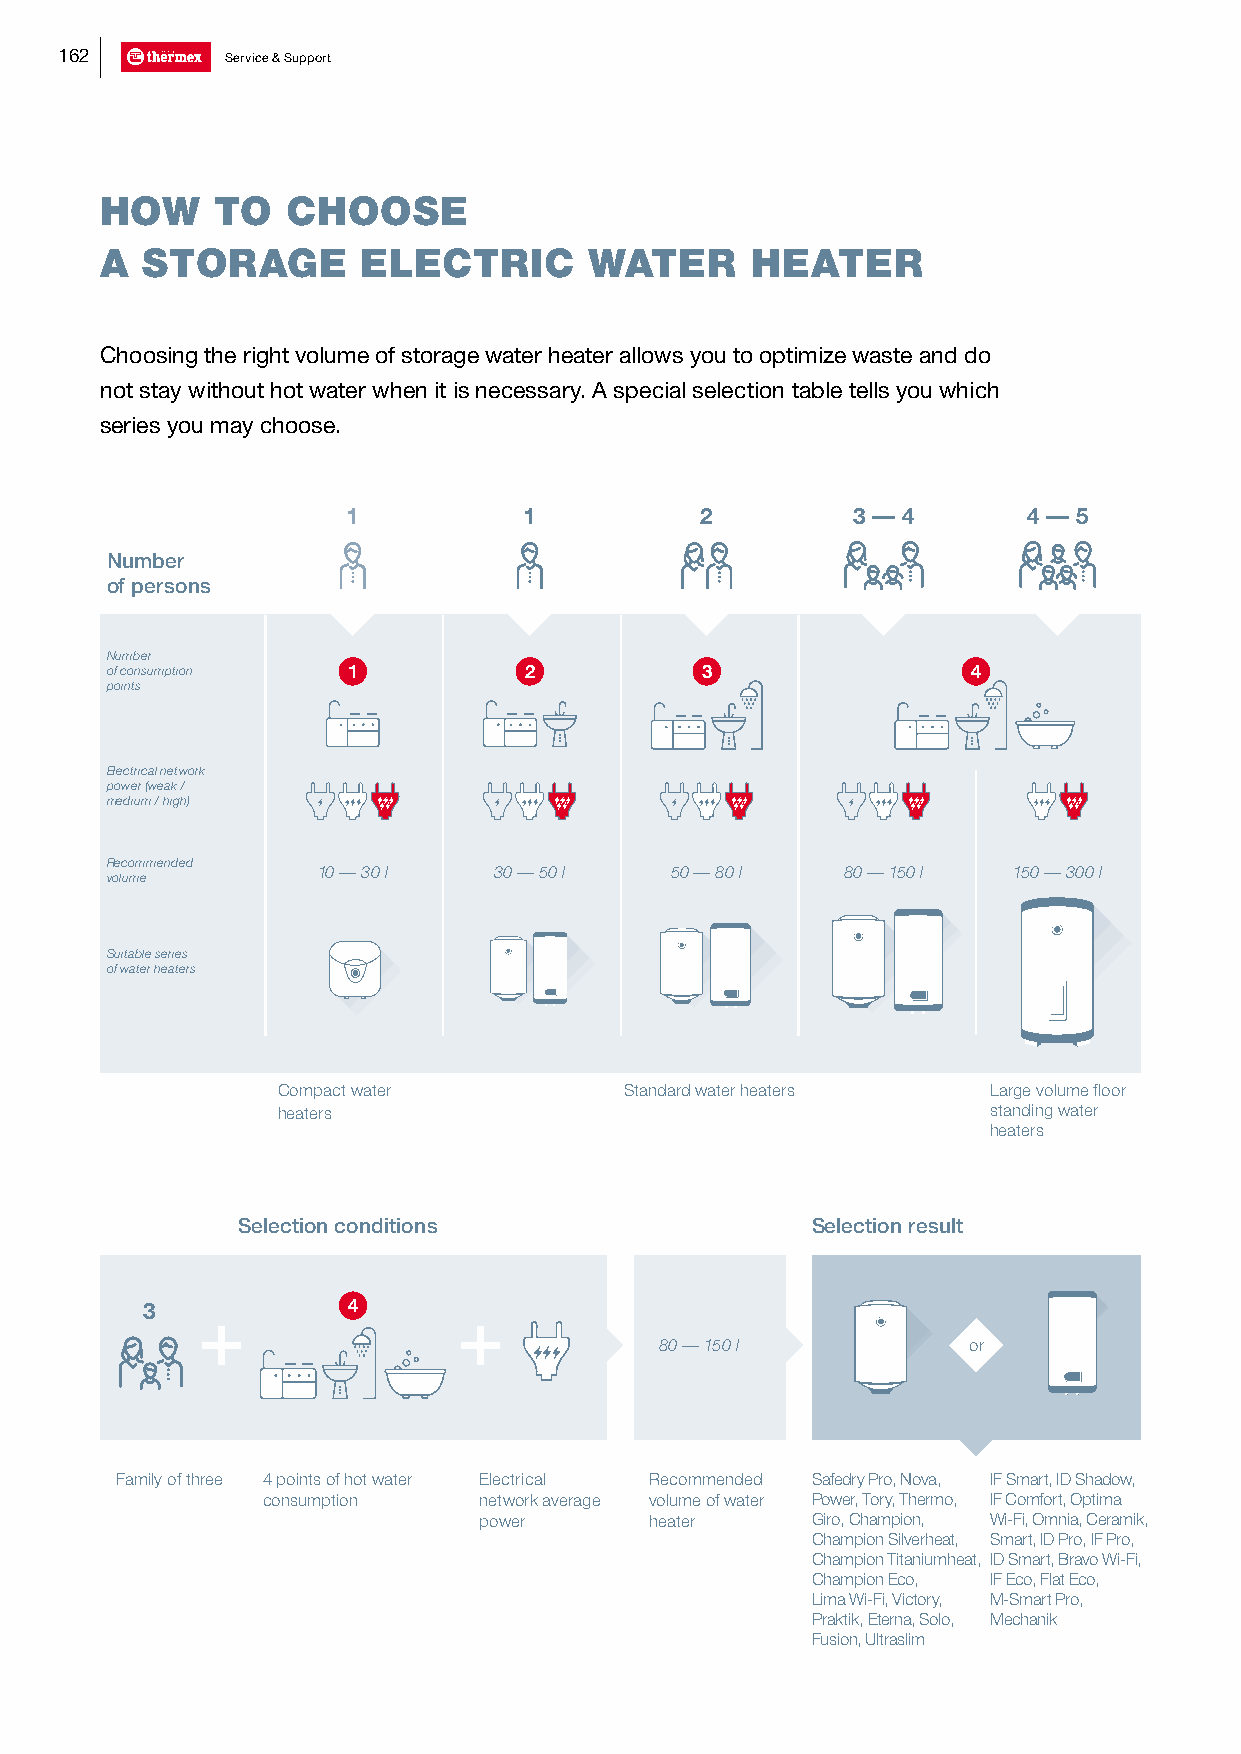
162        Service & Support
 HOW    TO   CHOOSE
 A STORAGE        ELECTRIC       WATER      HEATER
 Choosing the right volume of storage water heater allows you to optimize waste and do
 not stay without hot water when it is necessary. A special selection table tells you which
 series you may choose.
 1           1          2         3 — 4       4 — 5
 Number
 of persons
 Number
 of consumption  1           2          3                 4
 points
 Electrical network
 power (weak /
 medium / high)
 Recommended
 10 — 30 l   30 — 50 l  50 — 80 l   80 — 150 l 150 — 300 l
 volume
 Suitable series
 of water heaters
 Compact water          Standard water heaters   Large volume floor
 heaters                                         standing water
 heaters
 Selection conditions                  Selection result
 3             4
 80 — 150 l          or
 Family of three 4 points of hot water Electrical Recommended Safedry Pro, Nova, IF Smart, ID Shadow,
 consumption    network average volume of water Power, Tory, Thermo, IF Comfort, Optima
 power      heater     Giro, Champion, Wi-Fi, Omnia, Ceramik,
 Champion Silverheat, Smart, ID Pro, IF Pro,
 Champion Titaniumheat, ID Smart, Bravo Wi-Fi,
 Champion Eco, IF Eco, Flat Eco,
 Lima Wi-Fi, Victory, M-Smart Pro,
 Praktik, Eterna, Solo, Mechanik
 Fusion, Ultraslim